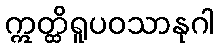
ဣတ္ထိရူပဝသာနုဂါ